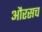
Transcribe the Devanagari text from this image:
औरसच